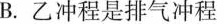
B.乙冲程是排气冲程